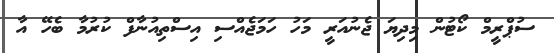
ސުޕްރީމް ކޯޓުން މިދިޔަ ޖެނުއަރީ މަހު ހަމަޖެއްސި އިސްތިއުނާފް ކުރުމާ ބެހޭ އާ